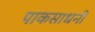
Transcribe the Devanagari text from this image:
पाकसाधनी